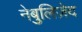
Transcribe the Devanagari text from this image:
नेबुलिज़ेद